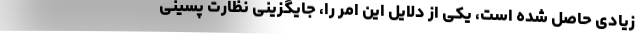
زیادی حاصل شده است، یکی از دلایل این امر را، جایگزینی نظارت پسینی